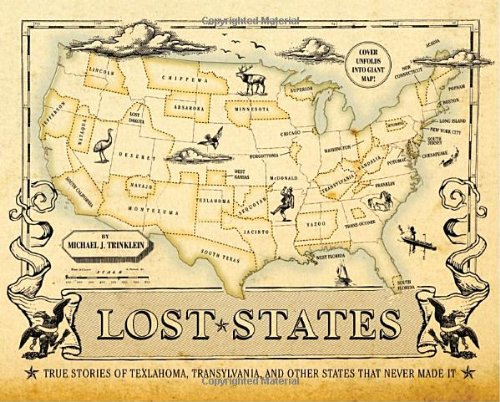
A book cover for Lost States: True Stories of Texlahoma, Transylvania, and Other States That Never Made It; Michael J. Trinklein; Humor & Entertainment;